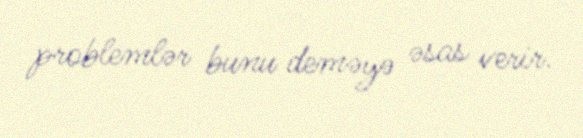
problemlər bunu deməyə əsas verir.